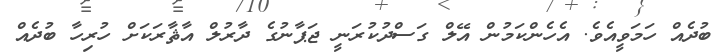
ބުދެއް ހަމަވީއެވެ. އެހެންކަމުން އޭލް ގަސްދުކުރަނީ ޖަޕާނުގެ ދާރުލް އާޘާރަކަށް ހުރިހާ ބުދެއް